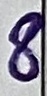
Text: 8